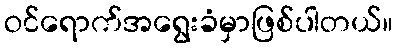
ဝင်ရောက်အရွေးခံမှာဖြစ်ပါတယ်။